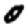
Digit: 0